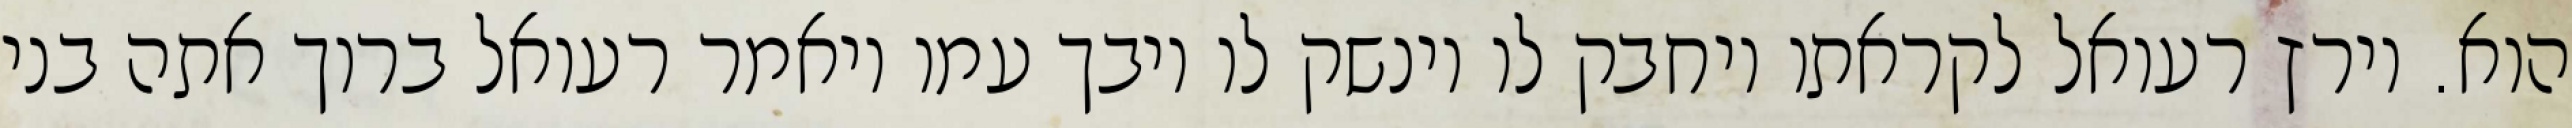
הוא. וירץ רעואל לקראתו ויחבק לו וינשק לו ויבך עמו ויאמר רעואל ברוך אתה בני